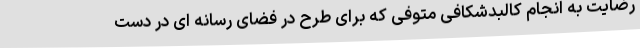
رضایت به انجام کالبدشکافی متوفی که برای طرح در فضای رسانه ای در دست